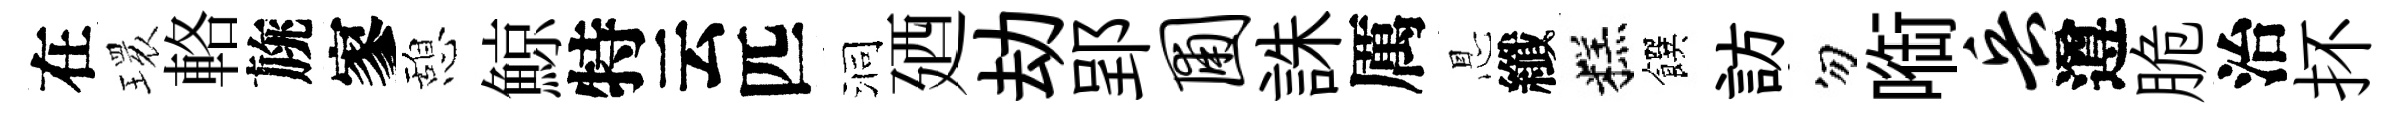
在𤨔輅旐寥憩鯨特云匹洞廼劫郢圃誅厲㤙纖糕饌訪勿㗸兵遵脆治抔